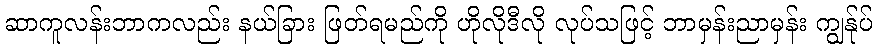
ဆာကူလန်းဘာကလည်း နယ်ခြား ဖြတ်ရမည်ကို ဟိုလိုဒီလို လုပ်သဖြင့် ဘာမှန်းညာမှန်း ကျွန်ုပ်